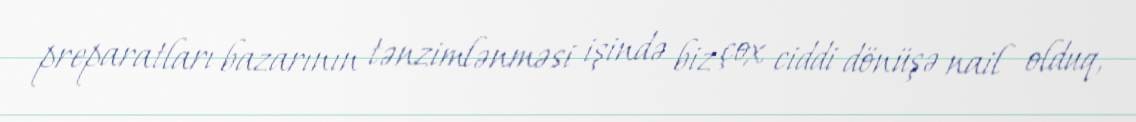
preparatları bazarının tənzimlənməsi işində biz çox ciddi dönüşə nail olduq,